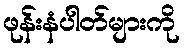
ဖုန်းနံပါတ်များကို